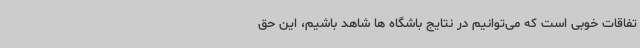
تفاقات خوبی است که می‌توانیم در نتایج باشگاه ها شاهد باشیم، این حق